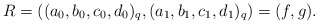
\begin{align*}R = ((a_0,b_0,c_0,d_0)_q,(a_1,b_1,c_1,d_1)_q) = (f,g).\end{align*}